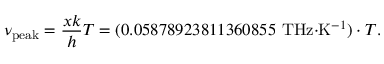
\nu _ { \mathrm { p e a k } } = { \frac { x k } { h } } T = ( { 0 . 0 5 8 7 8 9 2 3 8 1 1 3 6 0 8 5 5 ~ { \mathrm { T H z } } { \cdot } { \mathrm { K } } ^ { - 1 } } ) \cdot { T } .